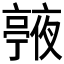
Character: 𠆙